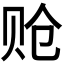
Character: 𬥳